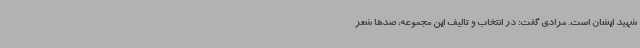
شهید ایشان است. مرادی گفت: در انتخاب و تالیف این مجموعه، صدها شعر